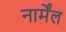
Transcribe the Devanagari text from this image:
नार्मेंल